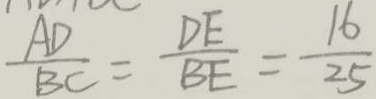
\frac { A D } { B C } = \frac { D E } { B E } = \frac { 1 6 } { 2 5 }